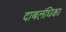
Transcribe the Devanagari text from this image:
दाबलंधिका